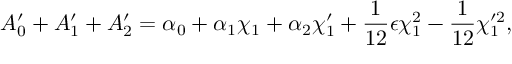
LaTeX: ~ A _ { 0 } ^ { \prime } + A _ { 1 } ^ { \prime } + A _ { 2 } ^ { \prime } = \alpha _ { 0 } + \alpha _ { 1 } \chi _ { 1 } + \alpha _ { 2 } \chi _ { 1 } ^ { \prime } + \frac { 1 } { 1 2 } \epsilon \chi _ { 1 } ^ { 2 } - \frac { 1 } { 1 2 } \chi _ { 1 } ^ { \prime 2 } ,